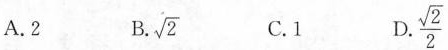
A.2 B. \sqrt{2} C.1 D.\frac{\sqrt{2}}{2}